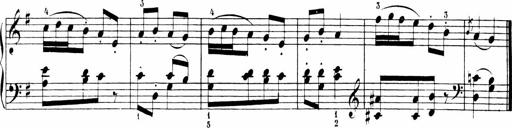
Title: Sonatinen Op.47, 98 und 136, nebst 6 Liedersonatinen
Composer: Carl Reinecke